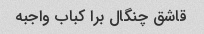
قاشق چنگال برا کباب واجبه